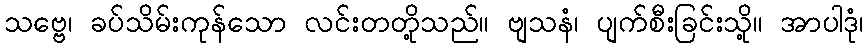
သဗ္ဗေ၊ ခပ်သိမ်းကုန်သော လင်းတတို့သည်။ ဗျသနံ၊ ပျက်စီးခြင်းသို့။ အာပါဒုံ၊